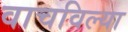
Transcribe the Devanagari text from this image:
वाचविल्या